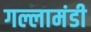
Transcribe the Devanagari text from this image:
गल्लामंडी